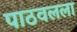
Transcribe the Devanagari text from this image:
पाठवलला